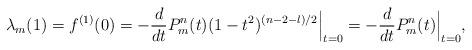
LaTeX: \begin{align*}\lambda_m(1) = f^{(1)}(0) = - \frac{d}{dt} P_m^n(t) (1-t^2)^{(n-2-l)/2} \Big|_{t=0} = - \frac{d}{dt} P_m^n(t) \Big|_{t=0} ,\end{align*}